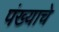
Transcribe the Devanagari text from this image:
पंख्याचे